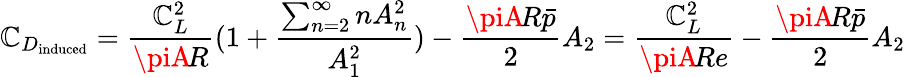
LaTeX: \mathbb{C}_{D_{\mathrm{{induced}}}}={\frac{{\mathbb{C}_{L}^{2}}}{{\piA\! R}}}(1+{\frac{{\sum_{n=2}^{\infty}nA_{n}^{2}}}{{A_{1}^{2}}}})-{\frac{{\piA\! R{\bar{{p}}}}}{{2}}}A_{2}={\frac{{\mathbb{C}_{L}^{2}}}{{\piA\! Re}}}-{\frac{{\piA\! R{\bar{{p}}}}}{{2}}}A_{2}